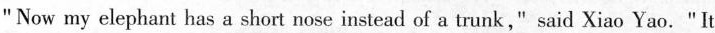
"Now my elephant has a short nose instead of a trunk," said Xiao Yao."It